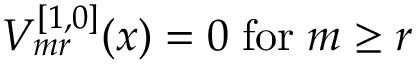
V _ { m r } ^ { [ 1 , 0 ] } ( x ) = 0 \; \mathrm { f o r } \; m \ge r